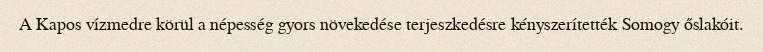
A Kapos vízmedre körül a népesség gyors növekedése terjeszkedésre kényszerítették Somogy őslakóit.